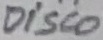
Text: DISCO